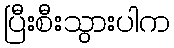
ပြီးစီးသွားပါက